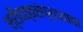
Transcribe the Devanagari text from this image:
श्रीदत्तसंप्रदयाचा